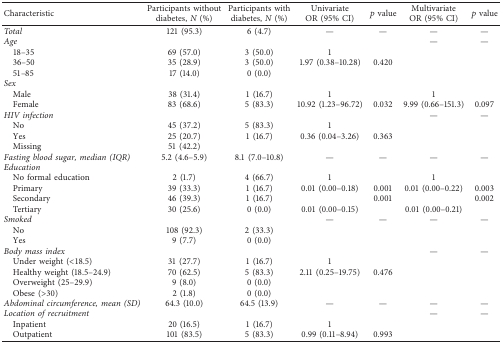
<table><thead><tr><td><b>Characteristic</b></td><td><b>Participants without diabetes, <i>N</i> (%)</b></td><td><b>Participants with diabetes, <i>N</i> (%)</b></td><td><b>Univariate OR (95% CI)</b></td><td><b><i>p</i> value</b></td><td><b>Multivariate OR (95% CI)</b></td><td><b><i>p</i> value</b></td></tr></thead><tbody><tr><td><i>Total</i></td><td>121 (95.3)</td><td>6 (4.7)</td><td>—</td><td>—</td><td>—</td><td>—</td></tr><tr><td><i>Age</i></td><td> </td><td> </td><td> </td><td> </td><td>—</td><td>—</td></tr><tr><td> 18–35</td><td>69 (57.0)</td><td>3 (50.0)</td><td>1</td><td> </td><td> </td><td> </td></tr><tr><td> 36–50</td><td>35 (28.9)</td><td>3 (50.0)</td><td>1.97 (0.38–10.28)</td><td>0.420</td><td> </td><td> </td></tr><tr><td> 51–85</td><td>17 (14.0)</td><td>0 (0.0)</td><td> </td><td> </td><td> </td><td> </td></tr><tr><td><i>Sex</i></td><td> </td><td> </td><td> </td><td> </td><td> </td><td> </td></tr><tr><td> Male</td><td>38 (31.4)</td><td>1 (16.7)</td><td>1</td><td> </td><td>1</td><td> </td></tr><tr><td> Female</td><td>83 (68.6)</td><td>5 (83.3)</td><td>10.92 (1.23–96.72)</td><td>0.032</td><td>9.99 (0.66–151.3)</td><td>0.097</td></tr><tr><td><i>HIV infection</i></td><td> </td><td> </td><td> </td><td> </td><td>—</td><td>—</td></tr><tr><td> No</td><td>45 (37.2)</td><td>5 (83.3)</td><td>1</td><td> </td><td> </td><td> </td></tr><tr><td> Yes</td><td>25 (20.7)</td><td>1 (16.7)</td><td>0.36 (0.04–3.26)</td><td>0.363</td><td> </td><td> </td></tr><tr><td> Missing</td><td>51 (42.2)</td><td> </td><td> </td><td> </td><td> </td><td> </td></tr><tr><td><i>Fasting blood sugar, median (IQR)</i></td><td>5.2 (4.6–5.9)</td><td>8.1 (7.0–10.8)</td><td>—</td><td>—</td><td>—</td><td>—</td></tr><tr><td><i>Education</i></td><td> </td><td> </td><td> </td><td> </td><td> </td><td> </td></tr><tr><td> No formal education</td><td>2 (1.7)</td><td>4 (66.7)</td><td>1</td><td> </td><td>1</td><td> </td></tr><tr><td> Primary</td><td>39 (33.3)</td><td>1 (16.7)</td><td>0.01 (0.00–0.18)</td><td>0.001</td><td>0.01 (0.00–0.22)</td><td>0.003</td></tr><tr><td> Secondary</td><td>46 (39.3)</td><td>1 (16.7)</td><td> </td><td>0.001</td><td> </td><td>0.002</td></tr><tr><td> Tertiary</td><td>30 (25.6)</td><td>0 (0.0)</td><td>0.01 (0.00–0.15)</td><td> </td><td>0.01 (0.00–0.21)</td><td> </td></tr><tr><td><i>Smoked</i></td><td> </td><td> </td><td>—</td><td>—</td><td>—</td><td>—</td></tr><tr><td> No</td><td>108 (92.3)</td><td>2 (33.3)</td><td> </td><td> </td><td> </td><td> </td></tr><tr><td> Yes</td><td>9 (7.7)</td><td>0 (0.0)</td><td> </td><td> </td><td> </td><td> </td></tr><tr><td><i>Body mass index</i></td><td> </td><td> </td><td> </td><td> </td><td>—</td><td>—</td></tr><tr><td> Under weight (&lt;18.5)</td><td>31 (27.7)</td><td>1 (16.7)</td><td>1</td><td> </td><td> </td><td> </td></tr><tr><td> Healthy weight (18.5–24.9)</td><td>70 (62.5)</td><td>5 (83.3)</td><td>2.11 (0.25–19.75)</td><td>0.476</td><td> </td><td> </td></tr><tr><td> Overweight (25–29.9)</td><td>9 (8.0)</td><td>0 (0.0)</td><td> </td><td> </td><td> </td><td> </td></tr><tr><td> Obese (&gt;30)</td><td>2 (1.8)</td><td>0 (0.0)</td><td> </td><td> </td><td> </td><td> </td></tr><tr><td><i>Abdominal circumference, mean (SD)</i></td><td>64.3 (10.0)</td><td>64.5 (13.9)</td><td>—</td><td>—</td><td>—</td><td>—</td></tr><tr><td><i>Location of recruitment</i></td><td> </td><td> </td><td> </td><td> </td><td>—</td><td>—</td></tr><tr><td> Inpatient</td><td>20 (16.5)</td><td>1 (16.7)</td><td>1</td><td> </td><td> </td><td> </td></tr><tr><td> Outpatient</td><td>101 (83.5)</td><td>5 (83.3)</td><td>0.99 (0.11–8.94)</td><td>0.993</td><td> </td><td> </td></tr></tbody></table>